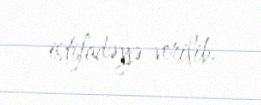
istifadəyə verilib.